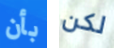
بأن لكن